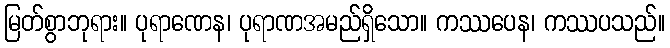
မြတ်စွာဘုရား။ ပုရာဏေန၊ ပုရာဏအမည်ရှိသော။ ကဿပေန၊ ကဿပသည်။